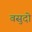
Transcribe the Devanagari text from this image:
वसुदो